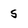
Character: 5